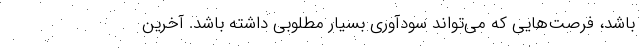
باشد، فرصت‌هایی که می‌تواند سودآوری بسیار مطلوبی داشته باشد. آخرین